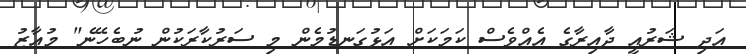
އަދި ޝަރުއީ ދާއިރާގެ އެއްވެސް ކަމަކަށް އަޅުގަނޑުމެން މި ސަރުކާރަކުން ނުބެހޭނެ" މުއާޒު